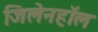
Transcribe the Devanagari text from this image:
जिलेनहॉल